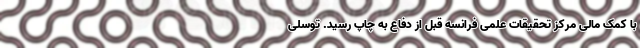
با کمک مالی مرکز تحقیقات علمی فرانسه قبل از دفاع به چاپ رسید. توسلی